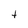
Character: t